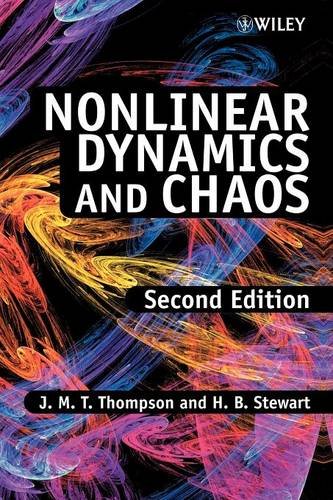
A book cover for Nonlinear Dynamics and Chaos; J. M. T. Thompson; Science & Math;